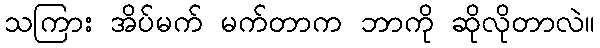
သကြား အိပ်မက် မက်တာက ဘာကို ဆိုလိုတာလဲ။